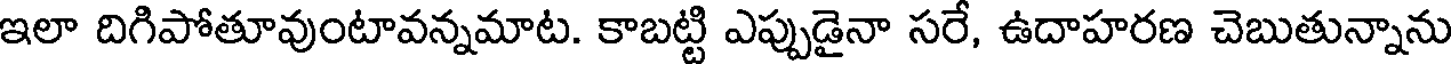
ఇలా దిగిపోతూవుంటావన్నమాట. కాబట్టి ఎప్పుడైనా సరే, ఉదాహరణ చెబుతున్నాను